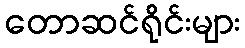
တောဆင်ရိုင်းများ